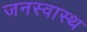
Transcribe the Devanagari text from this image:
जनस्वास्थ